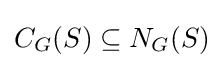
C_{G}(S)\subseteq N_{G}(S)